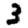
Digit: 3